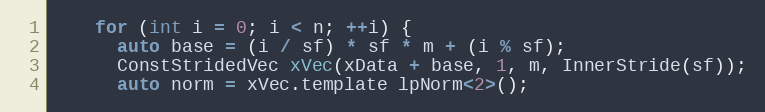
Language: C
    for (int i = 0; i < n; ++i) {
      auto base = (i / sf) * sf * m + (i % sf);
      ConstStridedVec xVec(xData + base, 1, m, InnerStride(sf));
      auto norm = xVec.template lpNorm<2>();